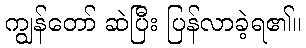
ကျွန်တော် ဆဲပြီး ပြန်လာခဲ့ရ၏။